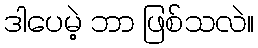
ဒါပေမဲ့ ဘာ ဖြစ်သလဲ။